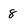
Character: 8